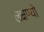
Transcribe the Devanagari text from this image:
लक्षण्यो